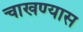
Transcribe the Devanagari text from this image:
चाखण्यास